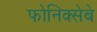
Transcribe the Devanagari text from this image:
फोनिक्सेबे